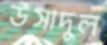
উসাদুল